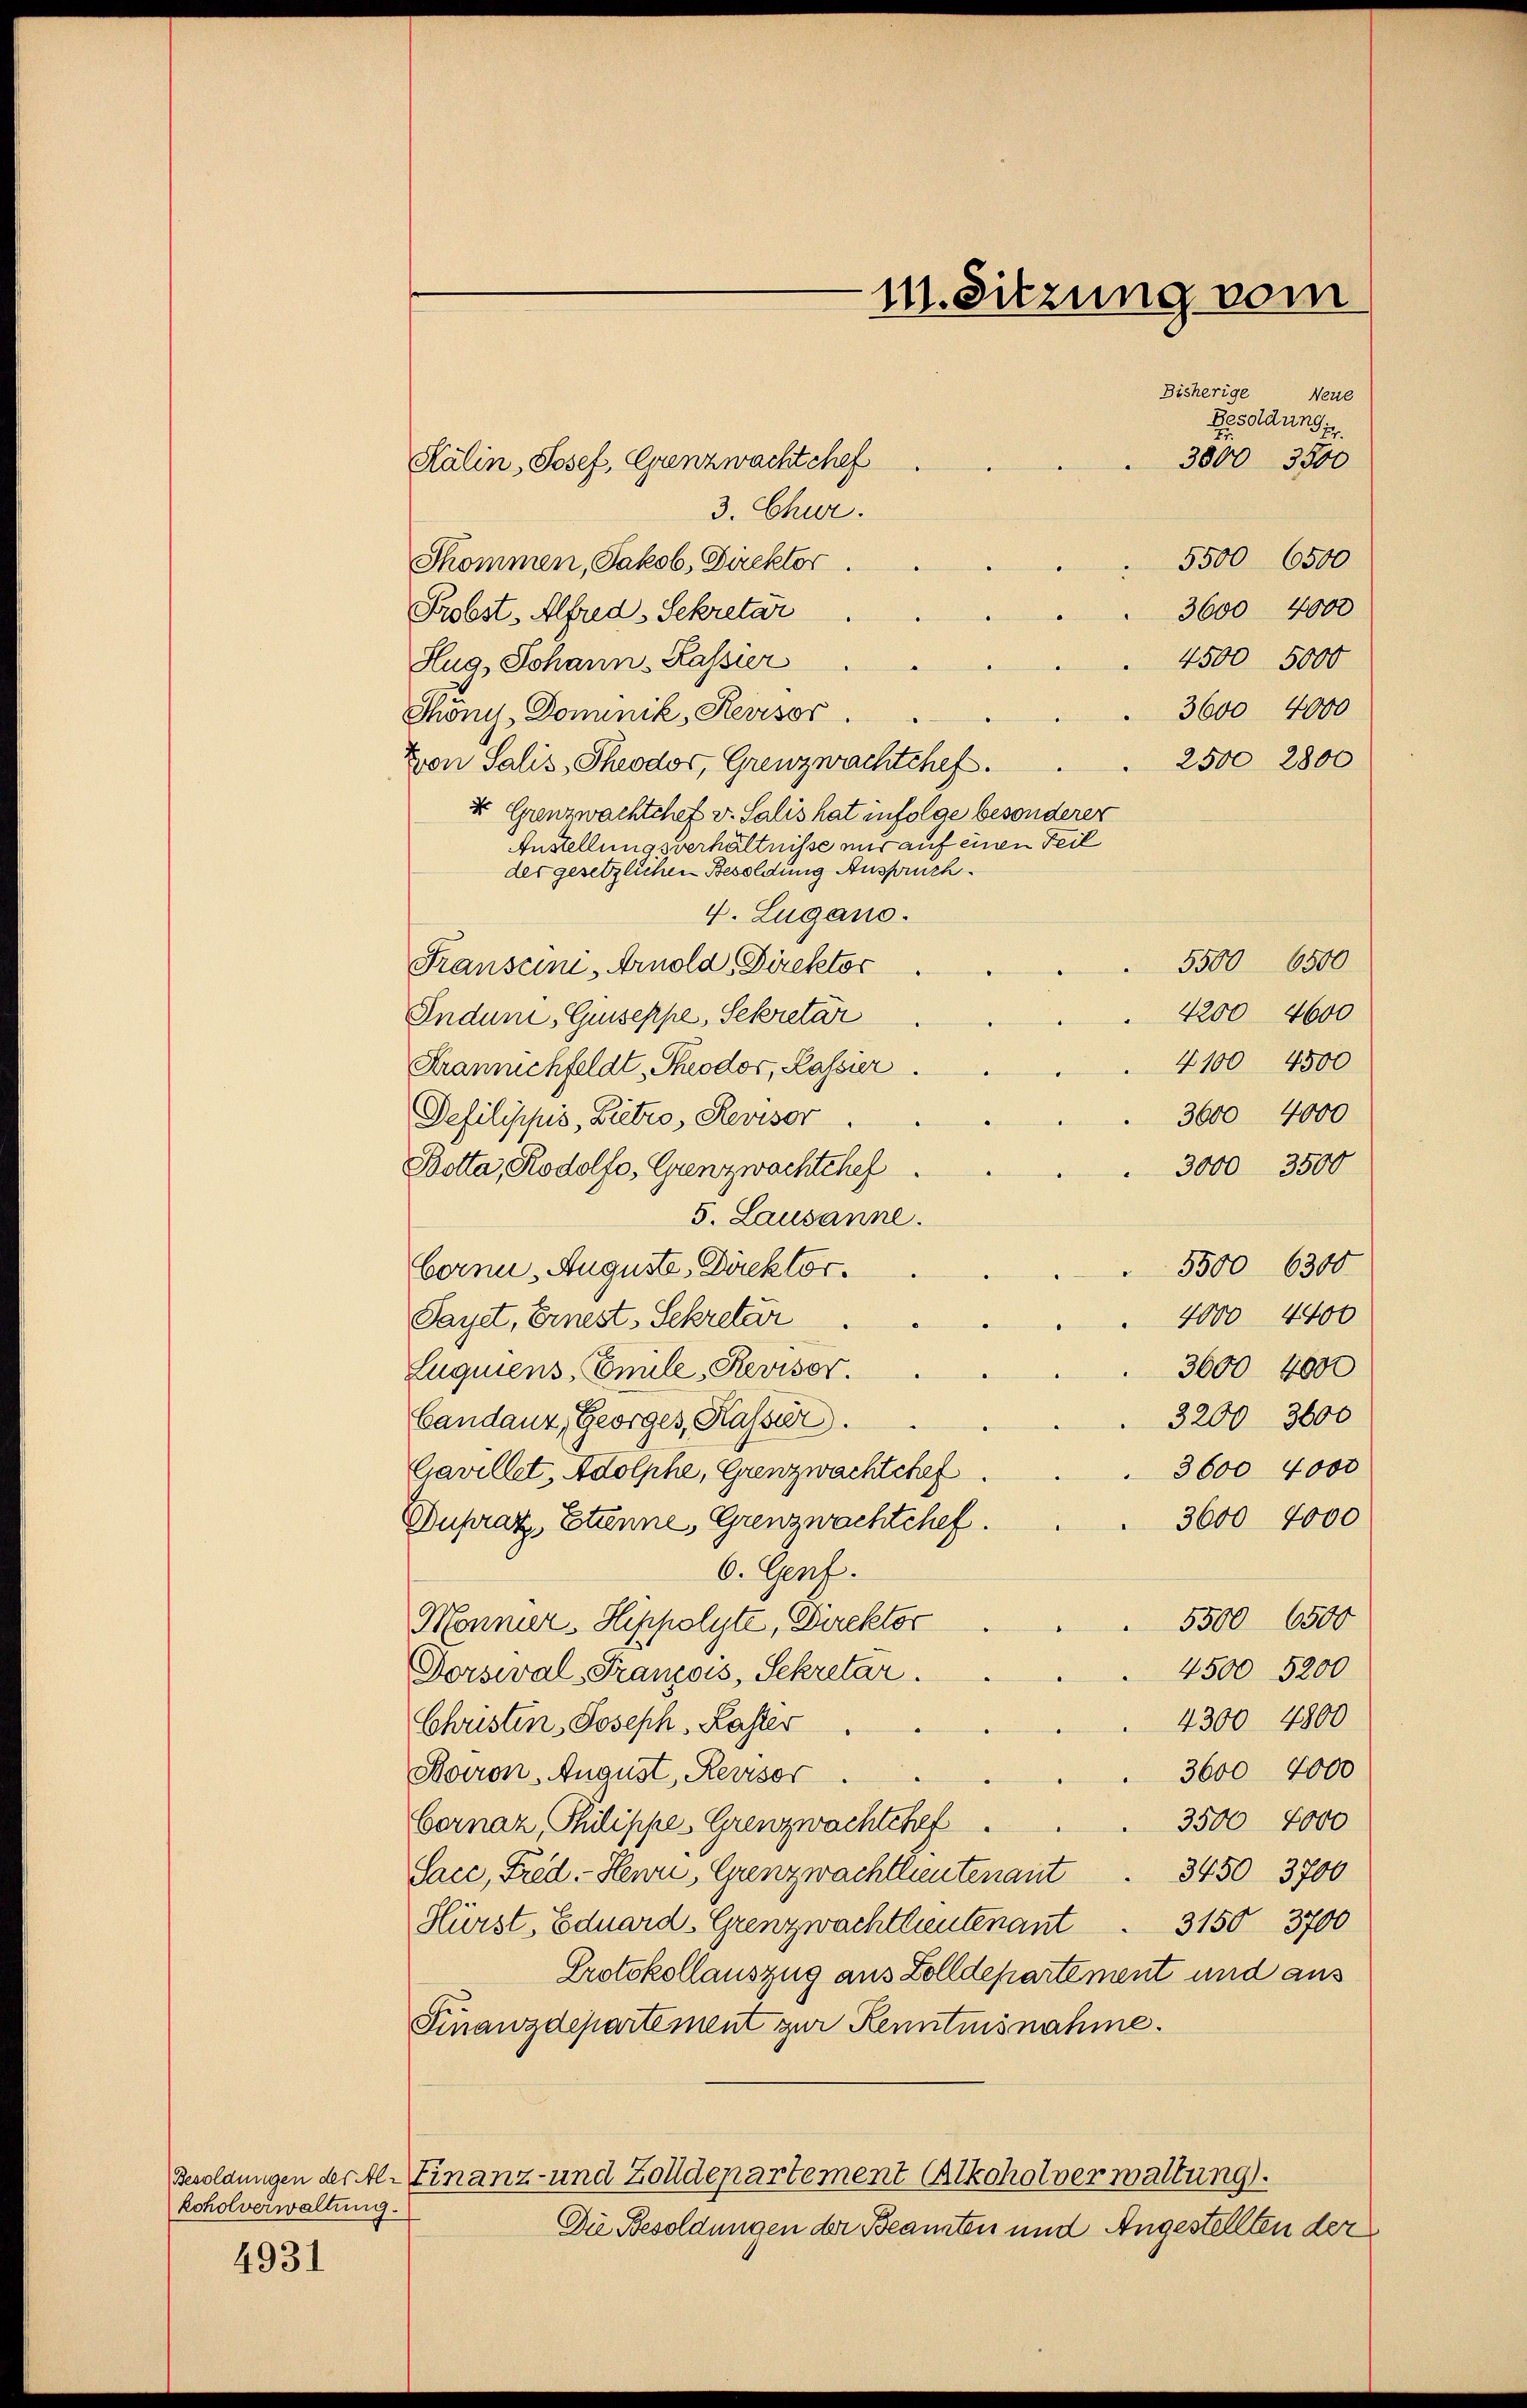
koholverwaltung.

4931

M. Sitzung vom
Bisherige Neue
Besoldung:
3800 3500

Kälin, Josef, Grenzwachtchef
3. Chur.
5500 6500
Skommen, Jakob, Direktor
3600 4000
Probst, Alfred, Sekretär
4500 5000
Hug, Johann, Kassier
3600 4000
Thönys, Dominik, Heusor.
2500 2800
Zron Salis, Theodor, Grenznachtchef.
d Grenzwachtchef v. Salis hat infolge besonderer
Anstellungsverhältnisse mir auf einen Teil
der gesetzlichen Besoldung Anspruch.
v. Lugano.
5500 6500
Transcini, Arnold Direktor
4200 4600
Indum, Guseppe, Sekretär
4100 4500
Kramuchfeldt, Theodor, Kassier
3600 4000
Dehilippis, Bietzo, Revisor
3000 3500
Botta, Rodolfo, Grenzwachtchef
5. Lausanne.
5500 6300.
born, Auguste, Direktor.
4000 4400
Sayet, Ernest, Sekretär
3600 4000
Luquiens, Enule, Reviser.
3200 3600
bandant, Georges, Kasser.
3600 4000
Gavillet, Adolphe, Grenzwachtchef.
3600 4000
Dupraz, Etunne, Grenzwachtchef.
6. Genf.
5500 6500
Mönnier, Hippolyte, Direktor
4500 5200
Dorseval-Franzois, Sekretar.
4300 4800
Christen, Joseph. Laster
3600 4000
Raron. August, Revisor
3500 4000
Bernaz, Philippe Grenzwachtchef
3450 3700
Sace, Fred.- Heur, Grenzwachtlieutenant
Hürst, Eduard Grenzwachtlieutenant. 3150 3700
Protokollauszug aus Zolldepartement und aus
Finanzdepartement zur Kenntnisnahme.
Besoldungen der Al. Finanz- und Zolldepartement Alkoholverwaltung.
Die Besoldungen der Beamten und Angestellten der